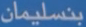
بتسليمان